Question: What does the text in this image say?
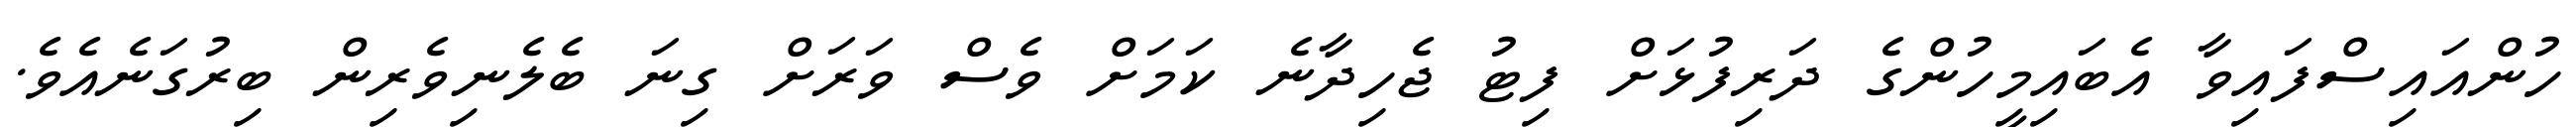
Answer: ހުންއައިސްފައިވާ އެބައިމީހުންގެ ދަރިފުޅަށް ފިޓު ޖެހިދާނެ ކަމަށް ވެސް ވަރަށް ގިނަ ބެލެނިވެރިން ބިރުގަނެއެވެ.